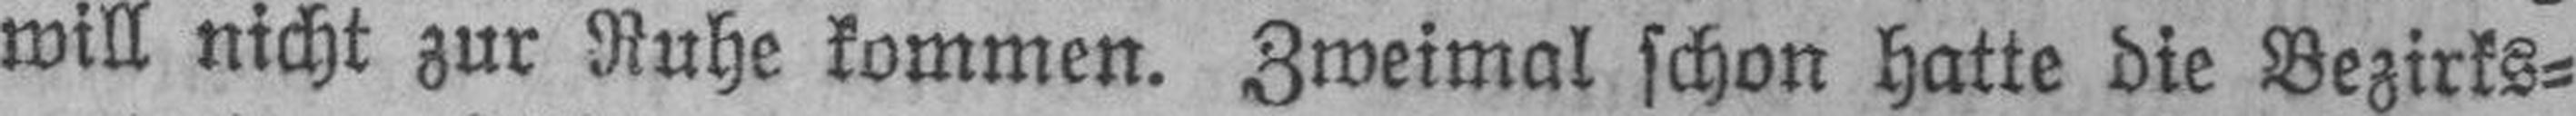
will nicht zur Ruhe kommen. Zweimal schon hatte die Bezirks¬